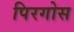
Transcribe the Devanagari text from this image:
पिरगोस